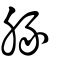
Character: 豚